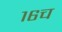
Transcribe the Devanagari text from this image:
१६च